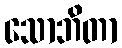
သောဘိတာ